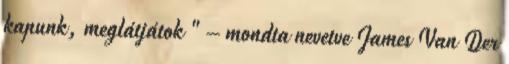
kapunk, meglátjátok " – mondta nevetve James Van Der